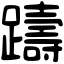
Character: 躊